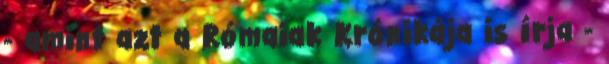
- amint azt a Rómaiak Krónikája is írja -